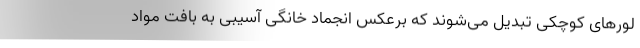
لورهای کوچکی تبدیل می‌شوند که برعکس انجماد خانگی آسیبی به بافت مواد